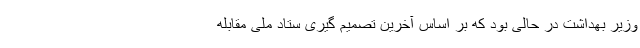
وزیر بهداشت در حالی بود که بر اساس آخرین تصمیم گیری ستاد ملی مقابله